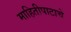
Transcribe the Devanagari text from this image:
माहितीपाटाचे